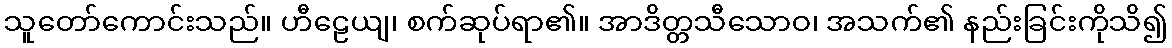
သူတော်ကောင်းသည်။ ဟီဠေယျ၊ စက်ဆုပ်ရာ၏။ အာဒိတ္တသီသောဝ၊ အသက်၏ နည်းခြင်းကိုသိ၍